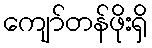
ကျော်တန်ဖိုးရှိ